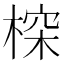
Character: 𣖉